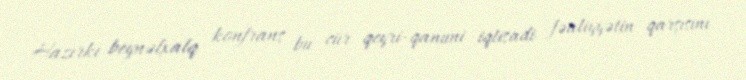
Hazırkı beynəlxalq konfrans bu cür qeyri-qanuni iqtisadi fəaliyyətin qarşısını